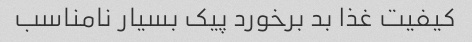
کیفیت غذا بد برخورد پیک بسیار نامناسب